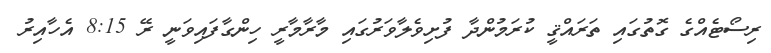
ރިސޯޓެއްގެ ގޮތުގައި ތަރައްޤީ ކުރަމުންދާ ފުށިވެލާވަރުގައި މާރާމާރީ ހިންގާފައިވަނީ ރޭ 8:15 އެހާއިރު